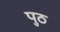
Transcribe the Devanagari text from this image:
पुठ